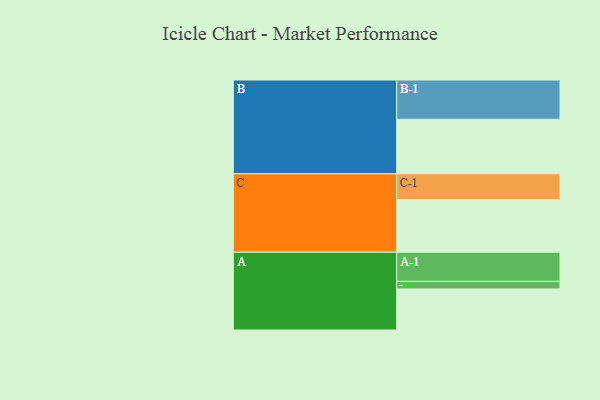
{"axis": {"x": "Segment", "y": "Value"}, "legend": ["", "A", "B", "C"], "data": [{"x": "A", "y": 307, "type": ""}, {"x": "B", "y": 408, "type": ""}, {"x": "C", "y": 394, "type": ""}, {"x": "A-1", "y": 218, "type": "A"}, {"x": "A-2", "y": 57, "type": "A"}, {"x": "B-1", "y": 294, "type": "B"}, {"x": "C-1", "y": 193, "type": "C"}]}